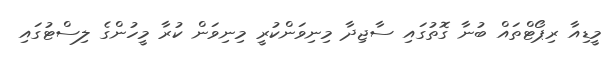
މީޑިއާ ރިޕޯޓްތައް ބުނާ ގޮތުގައި ސާޖިދާ މިނިވަންކުރީ މިނިވަން ކުރާ މީހުންގެ ލިސްޓުގައި